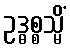
ဥဒ္ဓစ္စသ္မိံ